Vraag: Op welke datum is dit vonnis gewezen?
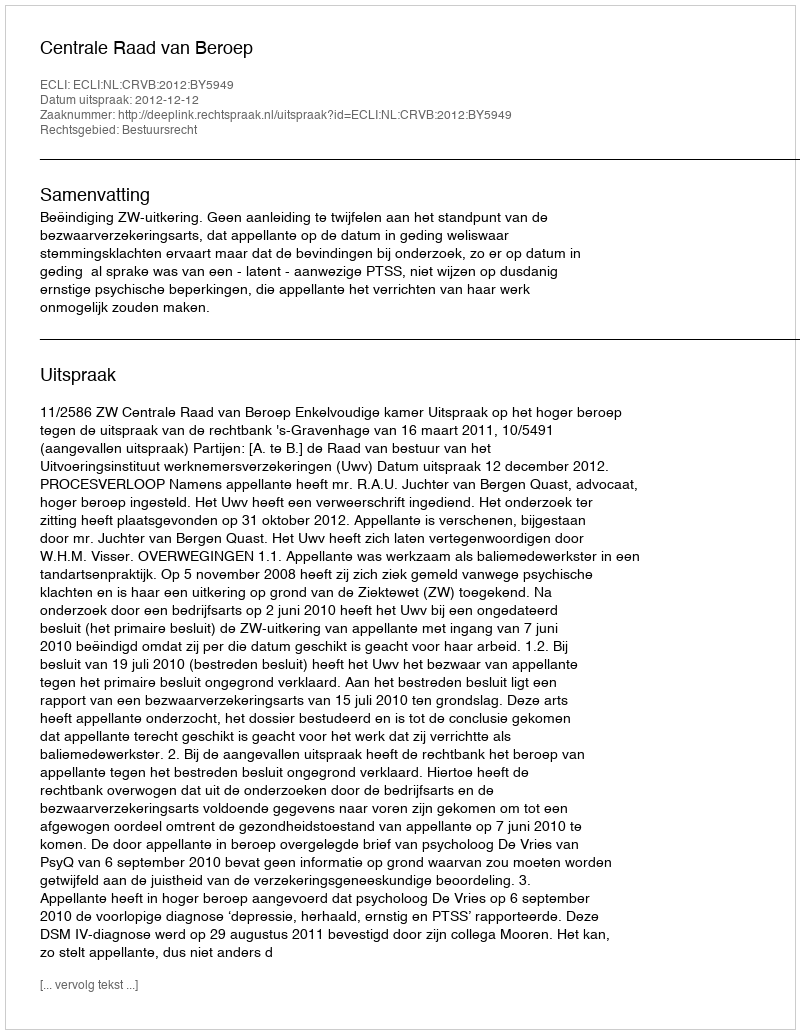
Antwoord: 2012-12-12